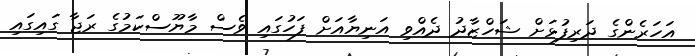
އަހަރެންގެ ދަރިފުޅަށް ޝަހްޒާދު ދެއްވި އަނިޔާއަށް ފަހުގައި ވެސް މާޔޫސްކަމުގެ ރަޖާ ގައިގައި